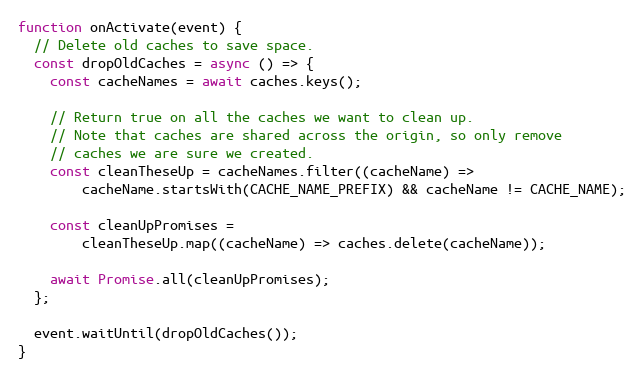
Language: JavaScript
function onActivate(event) {
  // Delete old caches to save space.
  const dropOldCaches = async () => {
    const cacheNames = await caches.keys();

    // Return true on all the caches we want to clean up.
    // Note that caches are shared across the origin, so only remove
    // caches we are sure we created.
    const cleanTheseUp = cacheNames.filter((cacheName) =>
        cacheName.startsWith(CACHE_NAME_PREFIX) && cacheName != CACHE_NAME);

    const cleanUpPromises =
        cleanTheseUp.map((cacheName) => caches.delete(cacheName));

    await Promise.all(cleanUpPromises);
  };

  event.waitUntil(dropOldCaches());
}